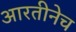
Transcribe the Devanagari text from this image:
आरतीनेच